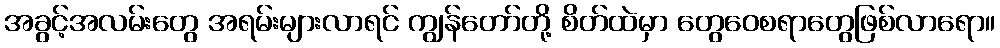
အခွင့်အလမ်းတွေ အရမ်းများလာရင် ကျွန်တော်တို့ စိတ်ထဲမှာ တွေဝေစရာတွေဖြစ်လာရော။